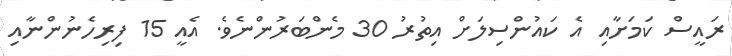
ރައީސް ކަމަށާއި އެ ކައުންސިލަށް އިތުރު 30 މެންބަރުންނެވެ. އެއީ 15 ފިރިހެނުންނާއި